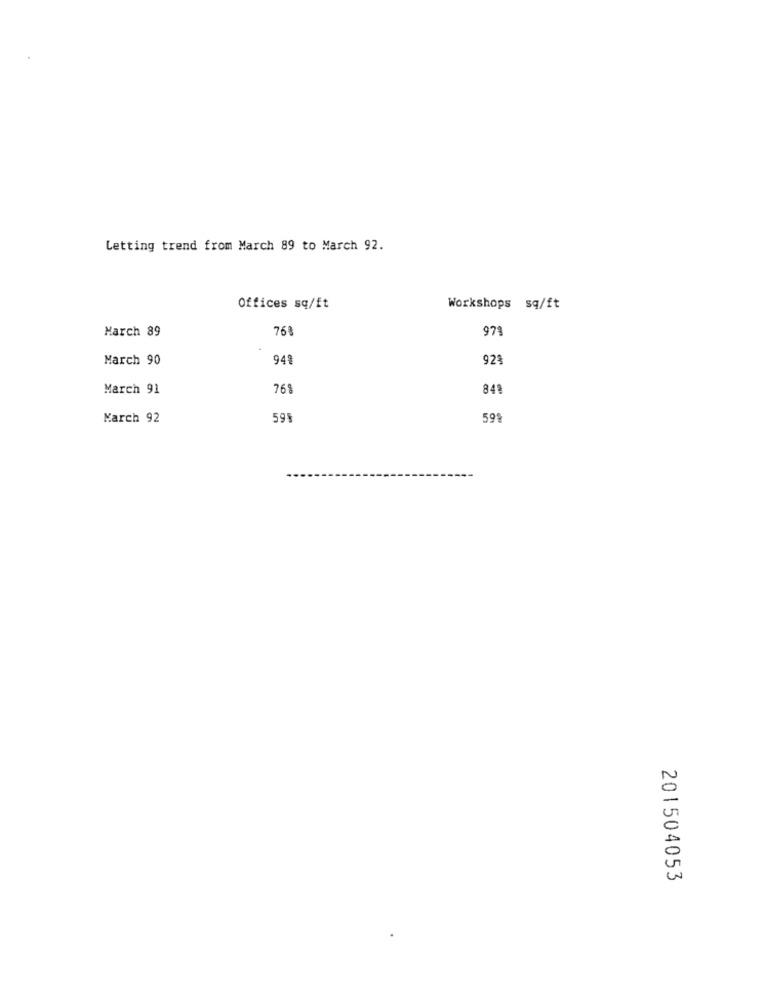
Letting trend from March 89 to March 92.
Offices sq/ft
Workshops sq/ft
March 89
768
979
March 90
94%
92
March 91
761
849
March 92
59%
59%
201504053